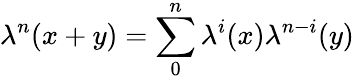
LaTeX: \lambda^{n}(x+y)=\sum_{0}^{n}\lambda^{i}(x)\lambda^{n-i}(y)